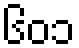
၆၀၁